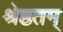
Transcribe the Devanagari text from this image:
श्रेष्ठतम्